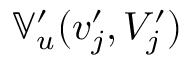
\mathbb { V } _ { u } ^ { \prime } ( v _ { j } ^ { \prime } , V _ { j } ^ { \prime } )